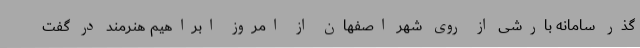
گذر سامانه بارشی از روی شهر اصفهان از امروز ابراهیم هنرمند در گفت